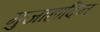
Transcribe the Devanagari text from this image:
मुजाहादिन